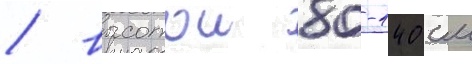
/ высотои 80-140 см